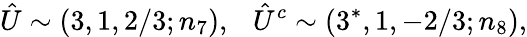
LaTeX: \hat{U}\sim(3,1,2/3;n_{7}),~~~\hat{U}^{c}\sim(3^{*},1,-2/3;n_{8}),